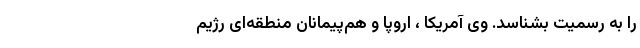
را به رسمیت بشناسد. وی آمریکا ، اروپا و هم‌پیمانان منطقه‌ای رژیم